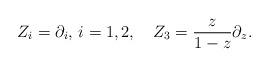
LaTeX: \begin{align*}Z_i=\partial_i,\, i=1,2,~~~Z_3=\frac{z}{1-z}\partial_z.\end{align*}